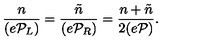
\frac { n } { ( e { \cal P } _ { L } ) } = \frac { \tilde { n } } { ( e { \cal P } _ { R } ) } = \frac { n + \tilde { n } } { 2 ( e { \cal P } ) } .